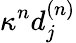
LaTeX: \kappa^{n}d_{j}^{(n)}